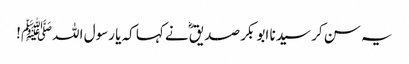
یہ سن کر سیدنا ابو بکر صدیقؓ نے کہا کہ یا رسول اللہﷺ!